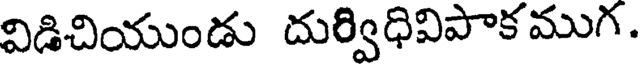
విడిచియుండు దుర్విధివిపాకముగ.